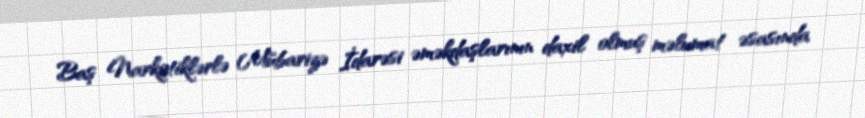
Baş Narkotiklərlə Mübarizə İdarəsi əməkdaşlarının daxil olmuş məlumat əsasında